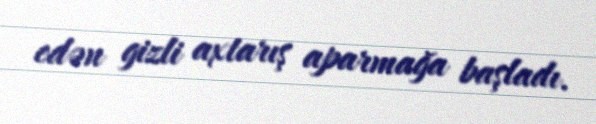
edən gizli axtarış aparmağa başladı.